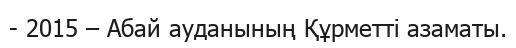
- 2015 – Абай ауданының Құрметті азаматы.